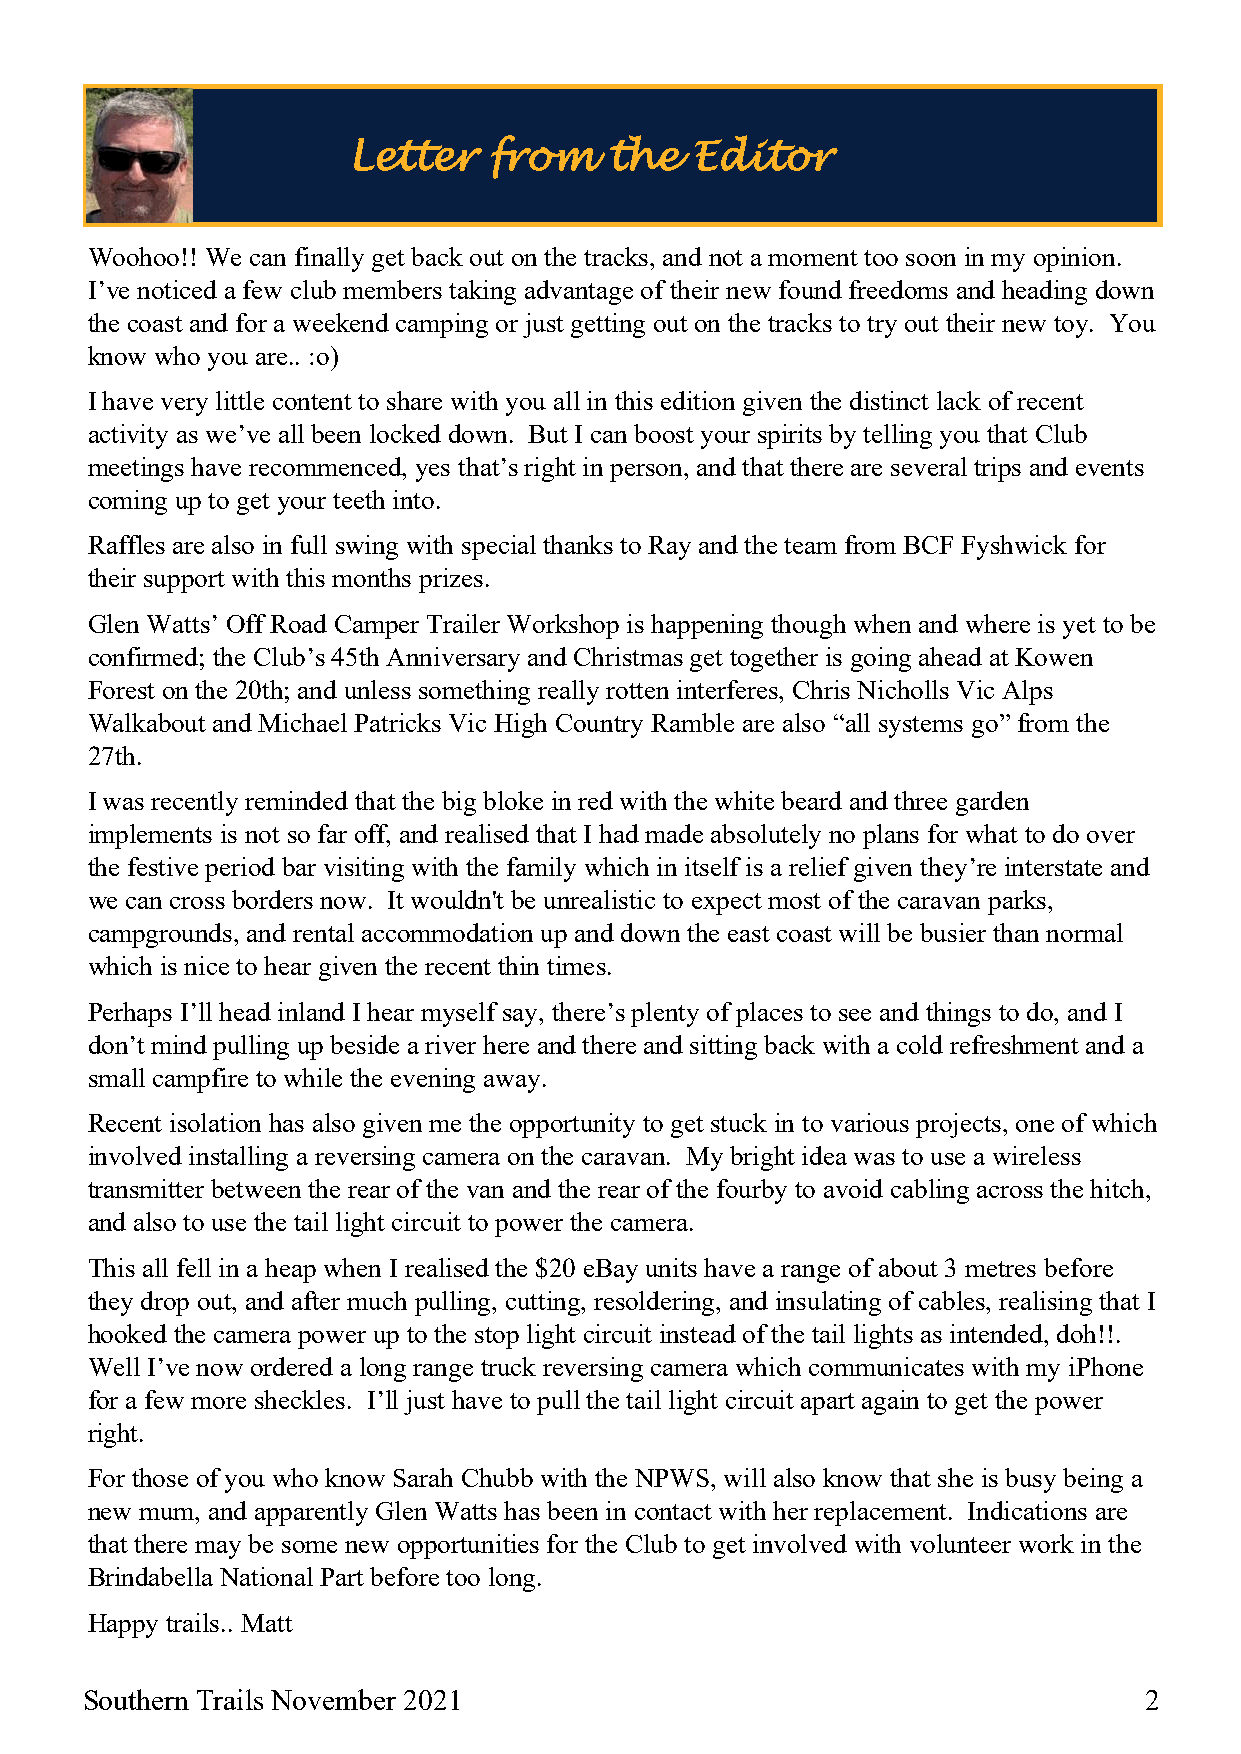
Letter   from    the   Editor
 Woohoo!! We can finally get back out on the tracks, and not a moment too soon in my opinion.
 I’ve noticed a few club members taking advantage of their new found freedoms and heading down
 the coast and for a weekend camping or just getting out on the tracks to try out their new toy. You
 know who you are.. :o)
 I have very little content to share with you all in this edition given the distinct lack of recent
 activity as we’ve all been locked down. But I can boost your spirits by telling you that Club
 meetings have recommenced, yes that’s right in person, and that there are several trips and events
 coming up to get your teeth into.
 Raffles are also in full swing with special thanks to Ray and the team from BCF Fyshwick for
 their support with this months prizes.
 Glen Watts’ Off Road Camper Trailer Workshop is happening though when and where is yet to be
 confirmed; the Club’s 45th Anniversary and Christmas get together is going ahead at Kowen
 Forest on the 20th; and unless something really rotten interferes, Chris Nicholls Vic Alps
 Walkabout and Michael Patricks Vic High Country Ramble are also “all systems go” from the
 27th.
 I was recently reminded that the big bloke in red with the white beard and three garden
 implements is not so far off, and realised that I had made absolutely no plans for what to do over
 the festive period bar visiting with the family which in itself is a relief given they’re interstate and
 we can cross borders now. It wouldn't be unrealistic to expect most of the caravan parks,
 campgrounds, and rental accommodation up and down the east coast will be busier than normal
 which is nice to hear given the recent thin times.
 Perhaps I’ll head inland I hear myself say, there’s plenty of places to see and things to do, and I
 don’t mind pulling up beside a river here and there and sitting back with a cold refreshment and a
 small campfire to while the evening away.
 Recent isolation has also given me the opportunity to get stuck in to various projects, one of which
 involved installing a reversing camera on the caravan. My bright idea was to use a wireless
 transmitter between the rear of the van and the rear of the fourby to avoid cabling across the hitch,
 and also to use the tail light circuit to power the camera.
 This all fell in a heap when I realised the $20 eBay units have a range of about 3 metres before
 they drop out, and after much pulling, cutting, resoldering, and insulating of cables, realising that I
 hooked the camera power up to the stop light circuit instead of the tail lights as intended, doh!!.
 Well I’ve now ordered a long range truck reversing camera which communicates with my iPhone
 for a few more sheckles. I’ll just have to pull the tail light circuit apart again to get the power
 right.
 For those of you who know Sarah Chubb with the NPWS, will also know that she is busy being a
 new mum, and apparently Glen Watts has been in contact with her replacement. Indications are
 that there may be some new opportunities for the Club to get involved with volunteer work in the
 Brindabella National Part before too long.
 Happy trails.. Matt
 Southern Trails November 2021                                          2